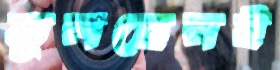
তুলছেনই